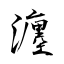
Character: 瀍